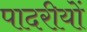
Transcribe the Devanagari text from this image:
पादरीयों